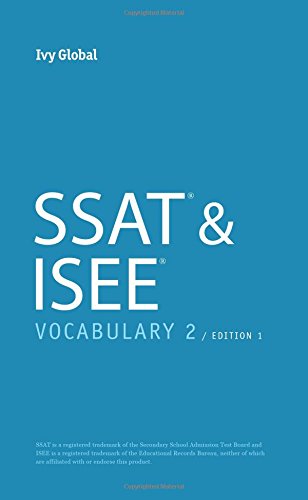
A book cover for SSAT & ISEE Vocabulary 2 (Pocketbook), 2015 Edition; Ivy Global; Test Preparation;